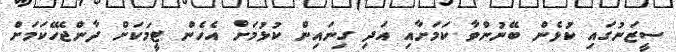
ސީޒަނުގައި ކުޅެން ބޭނުންވާ ކަމަށާއި އަދި ގިނައިން ކުޅުމަށް އެހެން ޓީމަކަށް ދާންޖެހޭކަމަށް